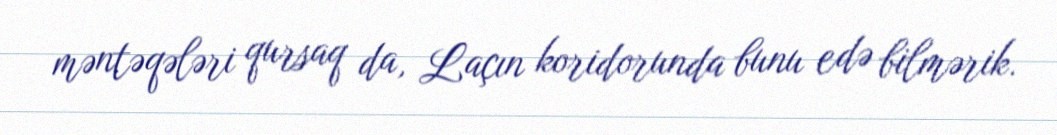
məntəqələri qursaq da, Laçın koridorunda bunu edə bilmərik.